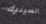
السينية